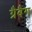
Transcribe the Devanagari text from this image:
ग्रैबैग